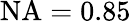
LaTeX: \mathrm{NA}=0.85